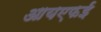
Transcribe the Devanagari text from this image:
आयएफई